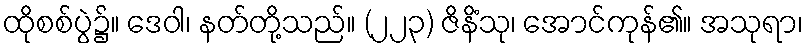
ထိုစစ်ပွဲ၌။ ဒေဝါ၊ နတ်တို့သည်။ (၂၂၃) ဇိနိံသု၊ အောင်ကုန်၏။ အသုရာ၊